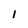
Character: 1